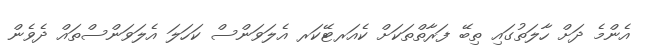
އެންމެ ދަށް ހާލަތުގައި ތިބޭ ފަރާތްތަކަށް ކެއަރޓޭކަރ އެލަވަންސް ކަހަލަ އެލަވަންސްތައް ދެވެން